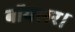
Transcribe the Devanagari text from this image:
बॉयलर।